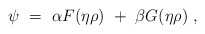
\begin{align*}\psi~=~\alpha F (\eta \rho)~+~\beta G (\eta \rho)~,\end{align*}